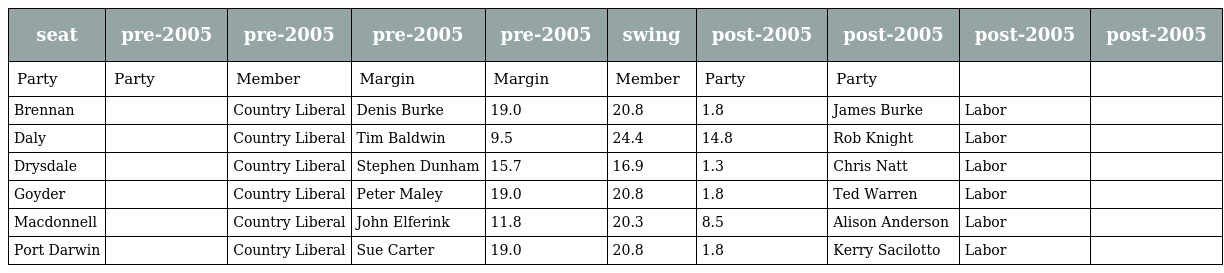
| seat | pre-2005 | pre-2005 | pre-2005 | pre-2005 | swing | post-2005 | post-2005 | post-2005 | post-2005 |
 | --- | --- | --- | --- | --- | --- | --- | --- | --- | --- |
 | Party | Party | Member | Margin | Margin | Member | Party | Party |  |  |
 | Brennan |  | Country Liberal | Denis Burke | 19.0 | 20.8 | 1.8 | James Burke | Labor |  |
 | Daly |  | Country Liberal | Tim Baldwin | 9.5 | 24.4 | 14.8 | Rob Knight | Labor |  |
 | Drysdale |  | Country Liberal | Stephen Dunham | 15.7 | 16.9 | 1.3 | Chris Natt | Labor |  |
 | Goyder |  | Country Liberal | Peter Maley | 19.0 | 20.8 | 1.8 | Ted Warren | Labor |  |
 | Macdonnell |  | Country Liberal | John Elferink | 11.8 | 20.3 | 8.5 | Alison Anderson | Labor |  |
 | Port Darwin |  | Country Liberal | Sue Carter | 19.0 | 20.8 | 1.8 | Kerry Sacilotto | Labor |  |